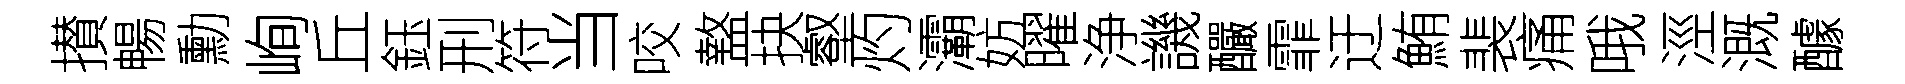
攅暢勳峋丘鈺刑符当咬盩抉壑灼灞妨曜浄譏釅霏迂鮪裴痛哦涇溉醵